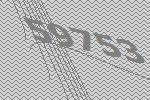
59753